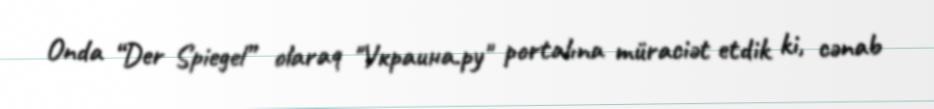
Onda “Der Spiegel” olaraq "Украина.ру" portalına müraciət etdik ki, cənab